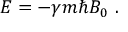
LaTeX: E = - \gamma m \hbar B _ { 0 } \ .